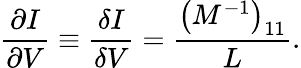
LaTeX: \frac{\partial I}{\partial V}\equiv\frac{\delta I}{\delta V}=\frac{\left(M^{-1}\right)_{11}}{L}.